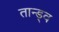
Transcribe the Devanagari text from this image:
तान्ड्व